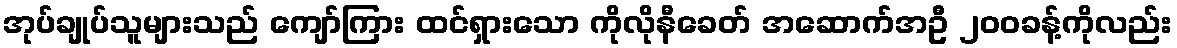
အုပ်ချုပ်သူများသည် ကျော်ကြား ထင်ရှားသော ကိုလိုနီခေတ် အဆောက်အဦ ၂၀၀ခန့်ကိုလည်း